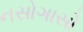
નસોગાસો